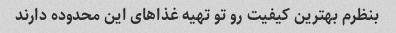
بنظرم بهترین کیفیت رو تو تهیه غذاهای این محدوده دارند